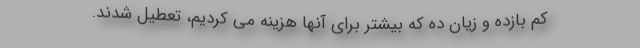
کم بازده و زیان ده که بیشتر برای آنها هزینه می کردیم، تعطیل شدند.